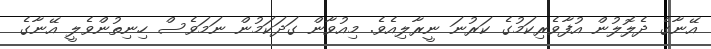
އޭނާގެ ދެލޮލުން އުފާވެރިކަމުގެ ކަރުނަ ނީރާލިއެވެ. މިއުވާން ގަދަކަމުން ނަމަވެސް ހިނިތުންވެލީ އޭނާގެ